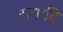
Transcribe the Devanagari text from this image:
रागादि